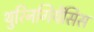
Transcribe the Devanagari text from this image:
थुरिनगियेंसिस